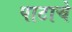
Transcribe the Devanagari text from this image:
पाटाचे